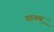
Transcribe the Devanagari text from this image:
गायब़